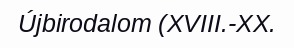
Újbirodalom (XVIII.-XX.